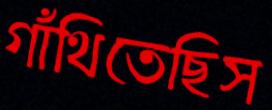
গাঁথিতেছিস